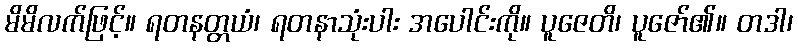
မိမိလက်ဖြင့်။ ရတနတ္တယံ၊ ရတနာသုံးပါး အပေါင်းကို။ ပူဇေတိ၊ ပူဇော်၏။ တဒါ၊